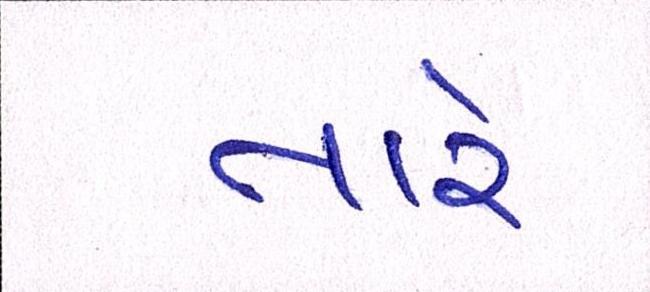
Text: તારે